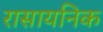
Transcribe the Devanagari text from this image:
रासायनिक